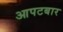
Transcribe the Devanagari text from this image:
आपटबार